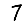
Digit: 7